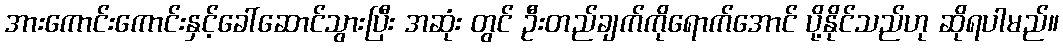
အားကောင်းကောင်းနှင့်ခေါ်ဆောင်သွားပြီး အဆုံး တွင် ဦးတည်ချက်ကိုရောက်အောင် ပို့နိုင်သည်ဟု ဆိုရပါမည်။